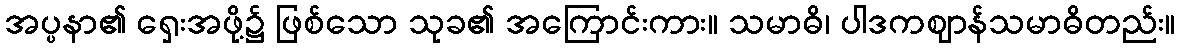
အပ္ပနာ၏ ရှေးအဖို့၌ ဖြစ်သော သုခ၏ အကြောင်းကား။ သမာဓိ၊ ပါဒကဈာန်သမာဓိတည်း။